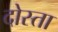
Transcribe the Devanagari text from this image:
दोस्ता